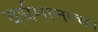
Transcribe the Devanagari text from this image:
वर्धमानष्च।